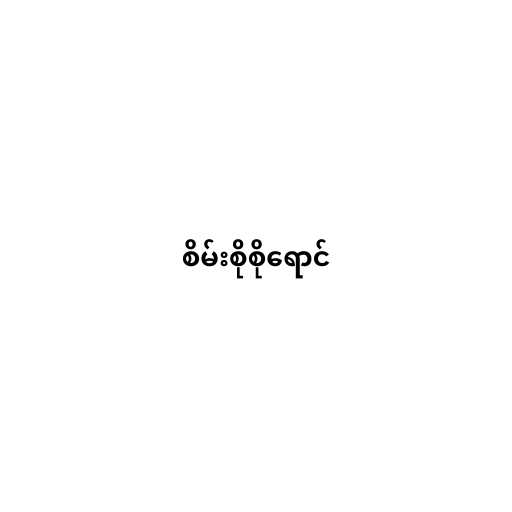
စိမ်းစိုစိုရောင်